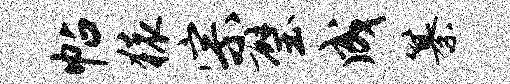
帖猿宗璧成纂